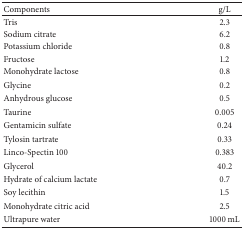
| Components | g/L |
 | --- | --- |
 | Tris | 2.3 |
 | Sodium citrate | 6.2 |
 | Potassium chloride | 0.8 |
 | Fructose | 1.2 |
 | Monohydrate lactose | 0.8 |
 | Glycine | 0.2 |
 | Anhydrous glucose | 0.5 |
 | Taurine | 0.005 |
 | Gentamicin sulfate | 0.24 |
 | Tylosin tartrate | 0.33 |
 | Linco-Spectin 100 | 0.383 |
 | Glycerol | 40.2 |
 | Hydrate of calcium lactate | 0.7 |
 | Soy lecithin | 1.5 |
 | Monohydrate citric acid | 2.5 |
 | Ultrapure water | 1000 mL |